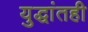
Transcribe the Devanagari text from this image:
युद्धांतही